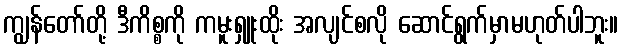
ကျွန်တော်တို့ ဒီကိစ္စကို ကမူးရှူးထိုး အလျင်စလို ဆောင်ရွက်မှာမဟုတ်ပါဘူး။